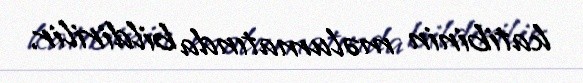
katibinin məlumatında bildirilir.